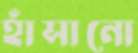
হাঁসানো